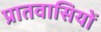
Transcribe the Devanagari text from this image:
प्रातवासियों